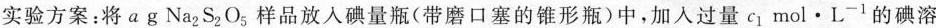
实验方案：将agNa_{2}S_{2}O_{5}样品放入碘量瓶(带磨口塞的锥形瓶)中，加入过量c_{1}mol·L^{-1}的碘溶